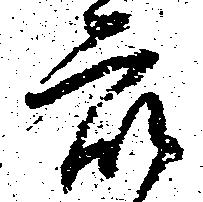
衆